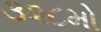
૩૨૮મો